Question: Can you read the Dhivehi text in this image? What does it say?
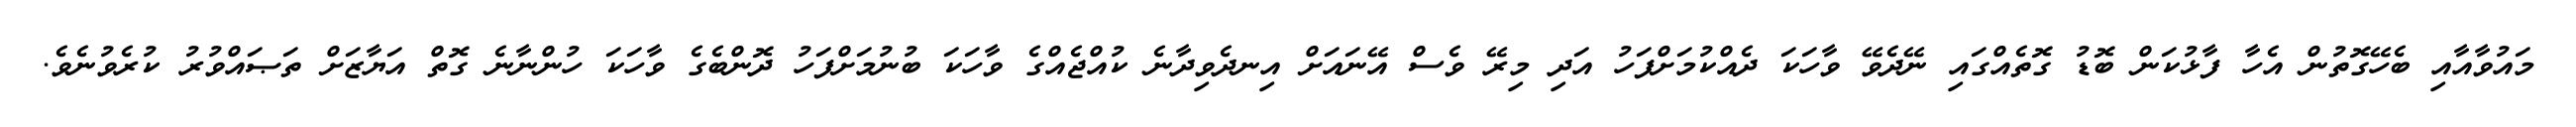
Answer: މައުވާއާއި ބެހޭގޮތުން އެހާ ފާޅުކަން ބޮޑު ގޮތެއްގައި ނޭދެވޭ ވާހަކަ ދެއްކުމަށްފަހު އަދި މިރޭ ވެސް އޭނައަށް އިނދެވިދާނެ ކުއްޖެއްގެ ވާހަކަ ބުނުމަށްފަހު ދޮންބެގެ ވާހަކަ ހުންނާނެ ގޮތް އަޔާޒަށް ތަޞައްވުރު ކުރެވުނެވެ.